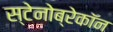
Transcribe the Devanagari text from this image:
स्टेनोब्रेकॉन